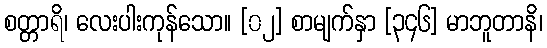
စတ္တာရိ၊ လေးပါးကုန်သော။ [၀၂] စာမျက်နှာ [၃၄၆] မာဘူတာနိ၊